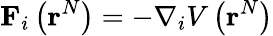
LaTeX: \mathbf{F}_{i}\left(\mathbf{r}^{N}\right)=-\nabla_{i}V\left(\mathbf{r}^{N}\right)